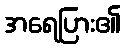
အရေပြား၏